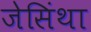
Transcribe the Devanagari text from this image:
जेसिंथा